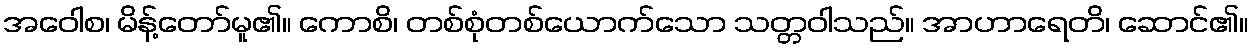
အဝေါစ၊ မိန့်တော်မူ၏။ ကောစိ၊ တစ်စုံတစ်ယောက်သော သတ္တဝါသည်။ အာဟာရေတိ၊ ဆောင်၏။